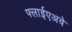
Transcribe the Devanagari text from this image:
फ्लाईएअवे